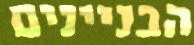
הבניינים